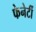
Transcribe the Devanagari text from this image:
फेनेर्टी